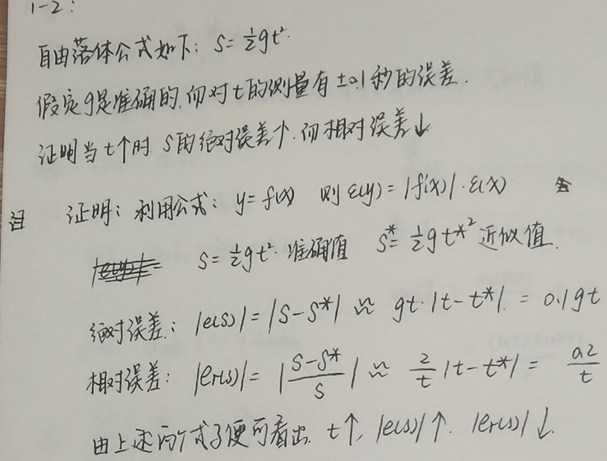
1 - 2:自由落体公式如下：\(S = \frac{1}{2}gt^{2}\)。假定\(g\)是准确的，而对\(t\)的测量有\(\pm 0.1\)秒的误差。证明当\(t\)增大时\(S\)的绝对误差增大，而相对误差减小。

证明：利用公式：若\(y = f(x)\)，则 \(e(y)=|f'(x)|\cdot e(x)\)。

\(S = \frac{1}{2}gt^{2}\)为准确值，\(S^{*}=\frac{1}{2}gt^{*2}\)为近似值。

绝对误差：\(|e(S)|=|S - S^{*}|\approx gt\cdot|t - t^{*}| = 0.1gt\)。

相对误差：\(|e_r(S)|=\left|\frac{S - S^{*}}{S}\right|\approx\frac{2}{t}|t - t^{*}|=\frac{0.2}{t}\)。

由上述两个式子便可看出，当\(t\)增大时，\(|e(S)|\)增大，\(|e_r(S)|\)减小。